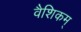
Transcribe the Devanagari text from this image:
वैशिकम्